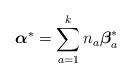
LaTeX: \begin{align*}{\mbox{\boldmath $\alpha$}}^* = \sum_{a=1}^k n_a {{\mbox{\boldmath $\beta$}}_a^*} \end{align*}